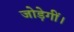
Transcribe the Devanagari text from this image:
जोड़ेगीं।